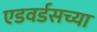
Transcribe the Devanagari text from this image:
एडवर्डसच्या